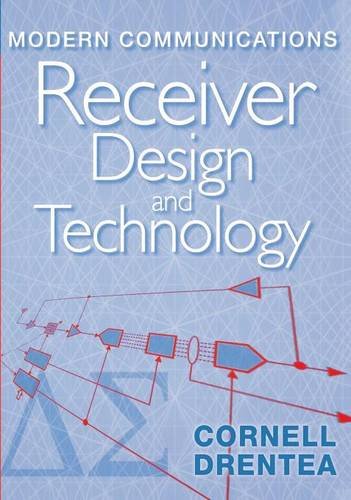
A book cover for Modern Communications Receiver Design and Technology (Artech House Intelligence and Information Operations); Cornell Drentea; Crafts, Hobbies & Home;